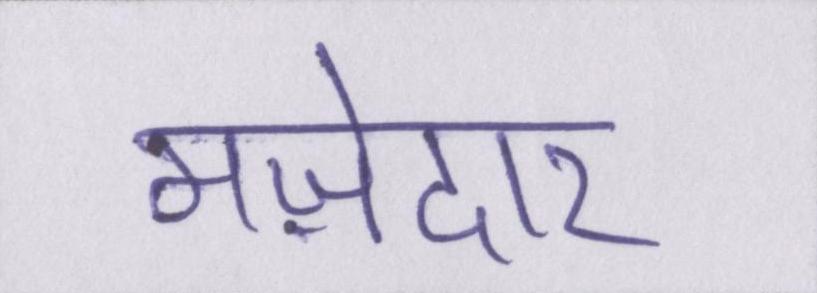
मज़ेदार